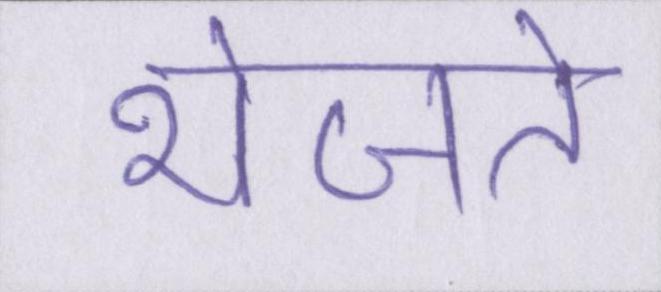
भेजते